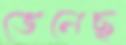
ভেনেছ